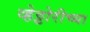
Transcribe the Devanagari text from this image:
व्हेट्टोरीच्या